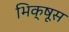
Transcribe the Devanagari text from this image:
भिक्षूस